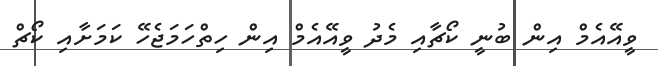
ވީއޭއެމް އިން ބުނީ ކޯޗާއި މެދު ވީއޭއެމް އިން ހިތްހަމަޖެހޭ ކަމަށާއި ކޯޗް